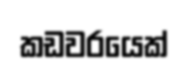
කඩවරයෙක්